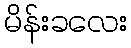
မိန်းခလေး